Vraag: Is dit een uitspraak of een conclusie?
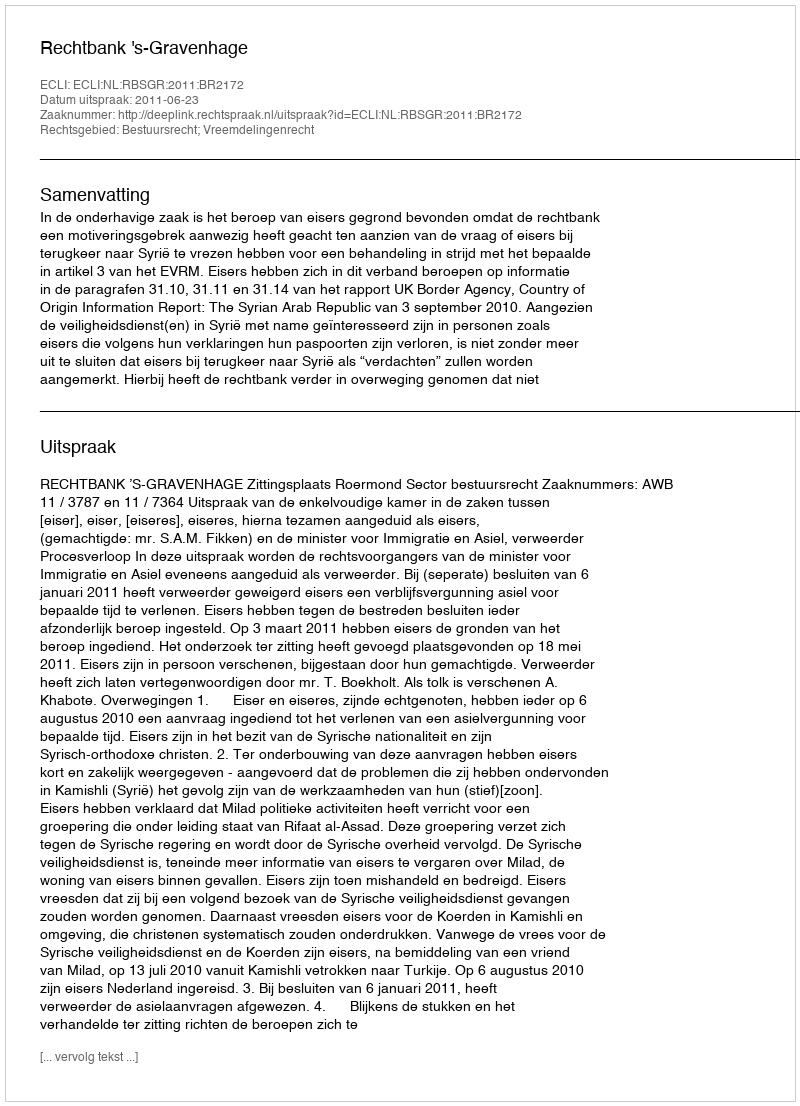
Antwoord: Uitspraak